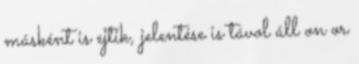
másként is ejtik, jelentése is távol áll on or